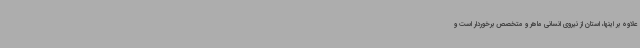
علاوه بر اینها، استان از نیروی انسانی ماهر و متخصص برخوردار است و